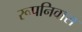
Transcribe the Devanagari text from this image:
रूपनिवास